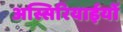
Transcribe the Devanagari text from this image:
अस्सिरियाईयों